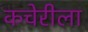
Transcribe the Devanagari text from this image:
कचेरीला